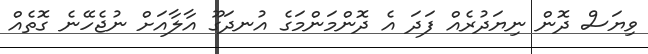
ވިޔަސް ދޮން ނިޔަދުރެއް ފަދަ އެ ދޮންމަންމަގެ އުނދަގޫ އާލާއަށް ނުޖެހޭނެ ގޮތެއް